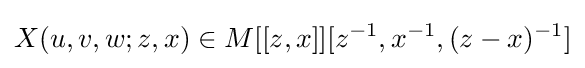
X(u,v,w;z,x)\in M[[z,x]][z^{-1},x^{-1},(z-x)^{-1}]